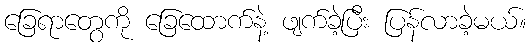
ခြေရာတွေကို ခြေထောက်နဲ့ ဖျက်ခဲ့ပြီး ပြန်လာခဲ့မယ်။